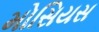
મોસિયસ